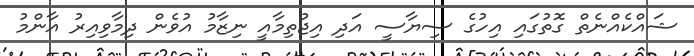
ޝައްކެއްނެތް ގޮތުގައި އިހުގެ ސިޔާސީ އަދި އިޖުތިމާއީ ނިޒާމު އުވެން ދިމާވިއިރު އާންމު